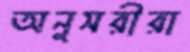
অনুসরীরা